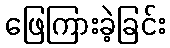
ဖြေကြားခဲ့ခြင်း